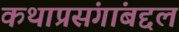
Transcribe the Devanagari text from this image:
कथाप्रसंगांबद्दल